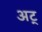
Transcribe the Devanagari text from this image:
अट्